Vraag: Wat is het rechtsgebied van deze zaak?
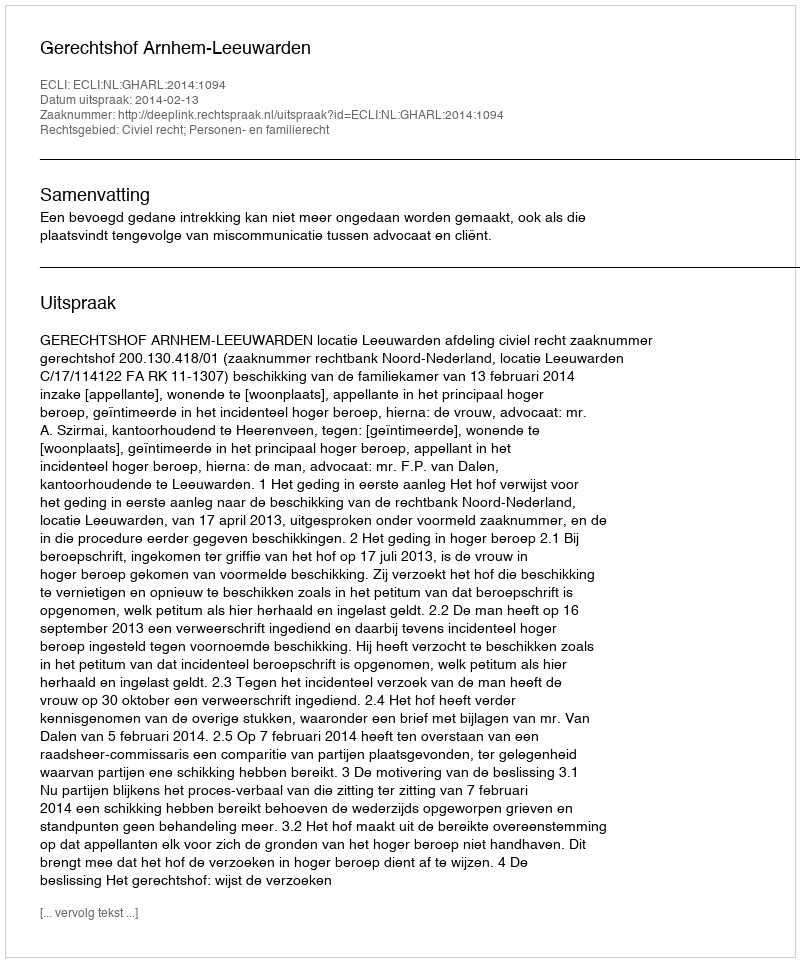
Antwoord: Civiel recht; Personen- en familierecht